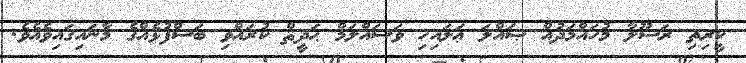
ކީރިތި ރަސޫލާ މުހައްމަދުއް ޞައްލަ ޢަލައިހި ވަސައްލަމް ޙަދީޘް ކުރައްވި ބަސްފުޅެއްގެ މާނައިގައިވެއެވެ.